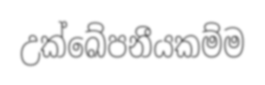
උක්ඛේපනීයකම්ම